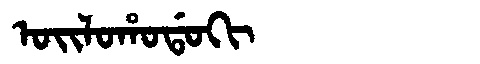
Manchu: ᠣᡳᠯᠣᡥᠣᡩᠣᡴᡳ
Romanization: OILOHODOKI